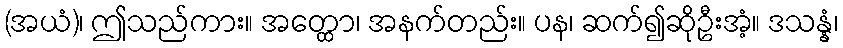
(အယံ)၊ ဤသည်ကား။ အတ္ထော၊ အနက်တည်း။ ပန၊ ဆက်၍ဆိုဦးအံ့။ ဒသန္နံ၊